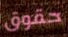
حقوق